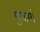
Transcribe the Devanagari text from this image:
पुजणे